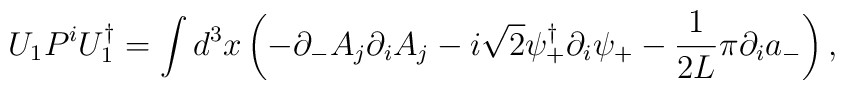
U_1 P^i U_1^\dagger = \int d^3 x \left( -\partial_- A_j \partial_i A_j-i\sqrt{2} \psi^\dagger_+ \partial_i \psi_+ - \frac{1}{2L}\pi \partial_i a_- \right),